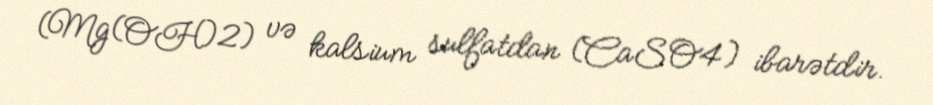
(Mg(OH)2) və kalsium sulfatdan (CaSO4) ibarətdir.